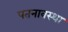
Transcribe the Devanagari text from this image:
पतनावस्था